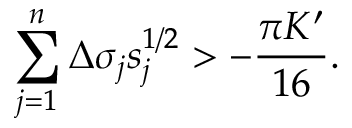
\sum _ { j = 1 } ^ { n } \Delta \sigma _ { j } s _ { j } ^ { 1 / 2 } > - \frac { \pi K ^ { \prime } } { 1 6 } .